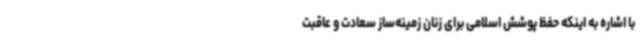
با اشاره به اینکه حفظ پوشش اسلامی برای زنان زمینه‌ساز سعادت و عاقبت